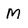
Character: M